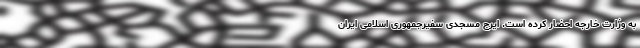
به وزارت خارجه احضار کرده است. ایرج مسجدی سفیرجمهوری اسلامی ایران